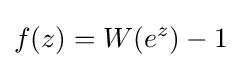
f(z)=W(e^{z})-1